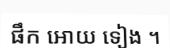
ផឹក អោយ ទៀង ។